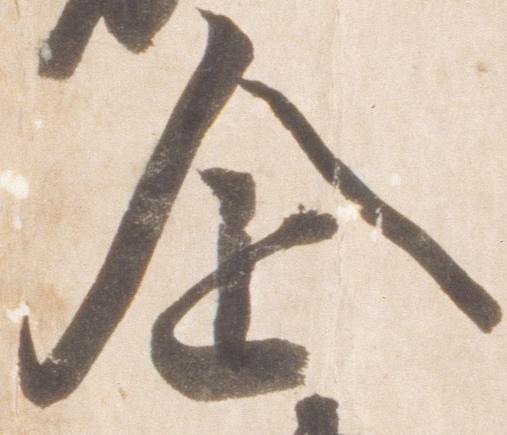
企